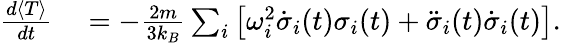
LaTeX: \begin{array}{rl}{\frac{d\langle T\rangle}{dt}}&{{}=-\frac{2m}{3k_{B}}\sum_{i}\left[\omega_{i}^{2}\dot{\sigma}_{i}(t)\sigma_{i}(t)+\ddot{\sigma}_{i}(t)\dot{\sigma}_{i}(t)\right].}\end{array}